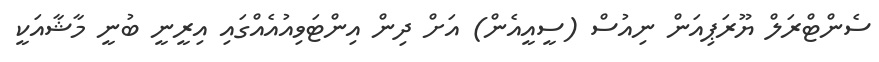
ސެންޓްރަލް ޔޫރަޕިއަން ނިއުސް (ސީއީއެން) އަށް ދިން އިންޓަވިއުއެއްގައި އިރީނީ ބުނީ މާޝާއަކީ